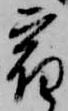
宿